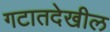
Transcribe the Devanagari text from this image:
गटातदेखील